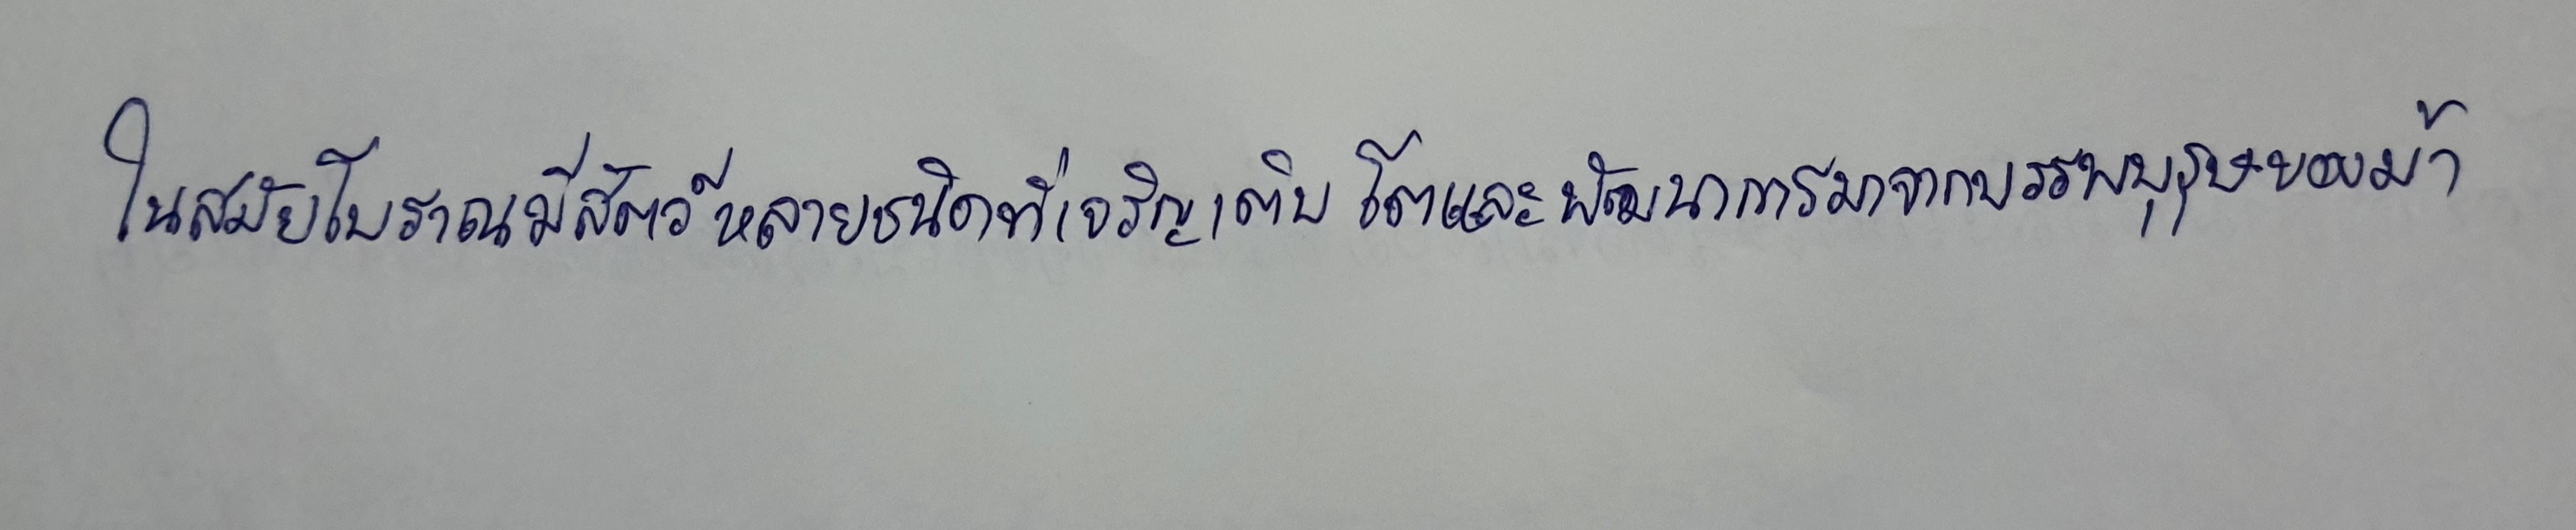
ในสมัยโบราณมีสัตว์หลายชนิดที่เจริญเติบโตและพัฒนาการมาจากบรรพบุรุษของม้า